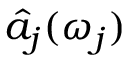
\hat { a } _ { j } ( \omega _ { j } )